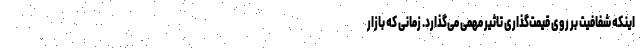
اینکه شفافیت بر روی قیمت‌گذاری تاثیر مهمی می‌گذارد. زمانی که بازار